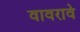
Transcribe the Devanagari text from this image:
वावरावे